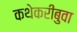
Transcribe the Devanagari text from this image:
कथेकरीबुवा